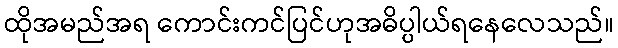
ထိုအမည်အရ ကောင်းကင်ပြင်ဟုအဓိပ္ပါယ်ရနေလေသည်။